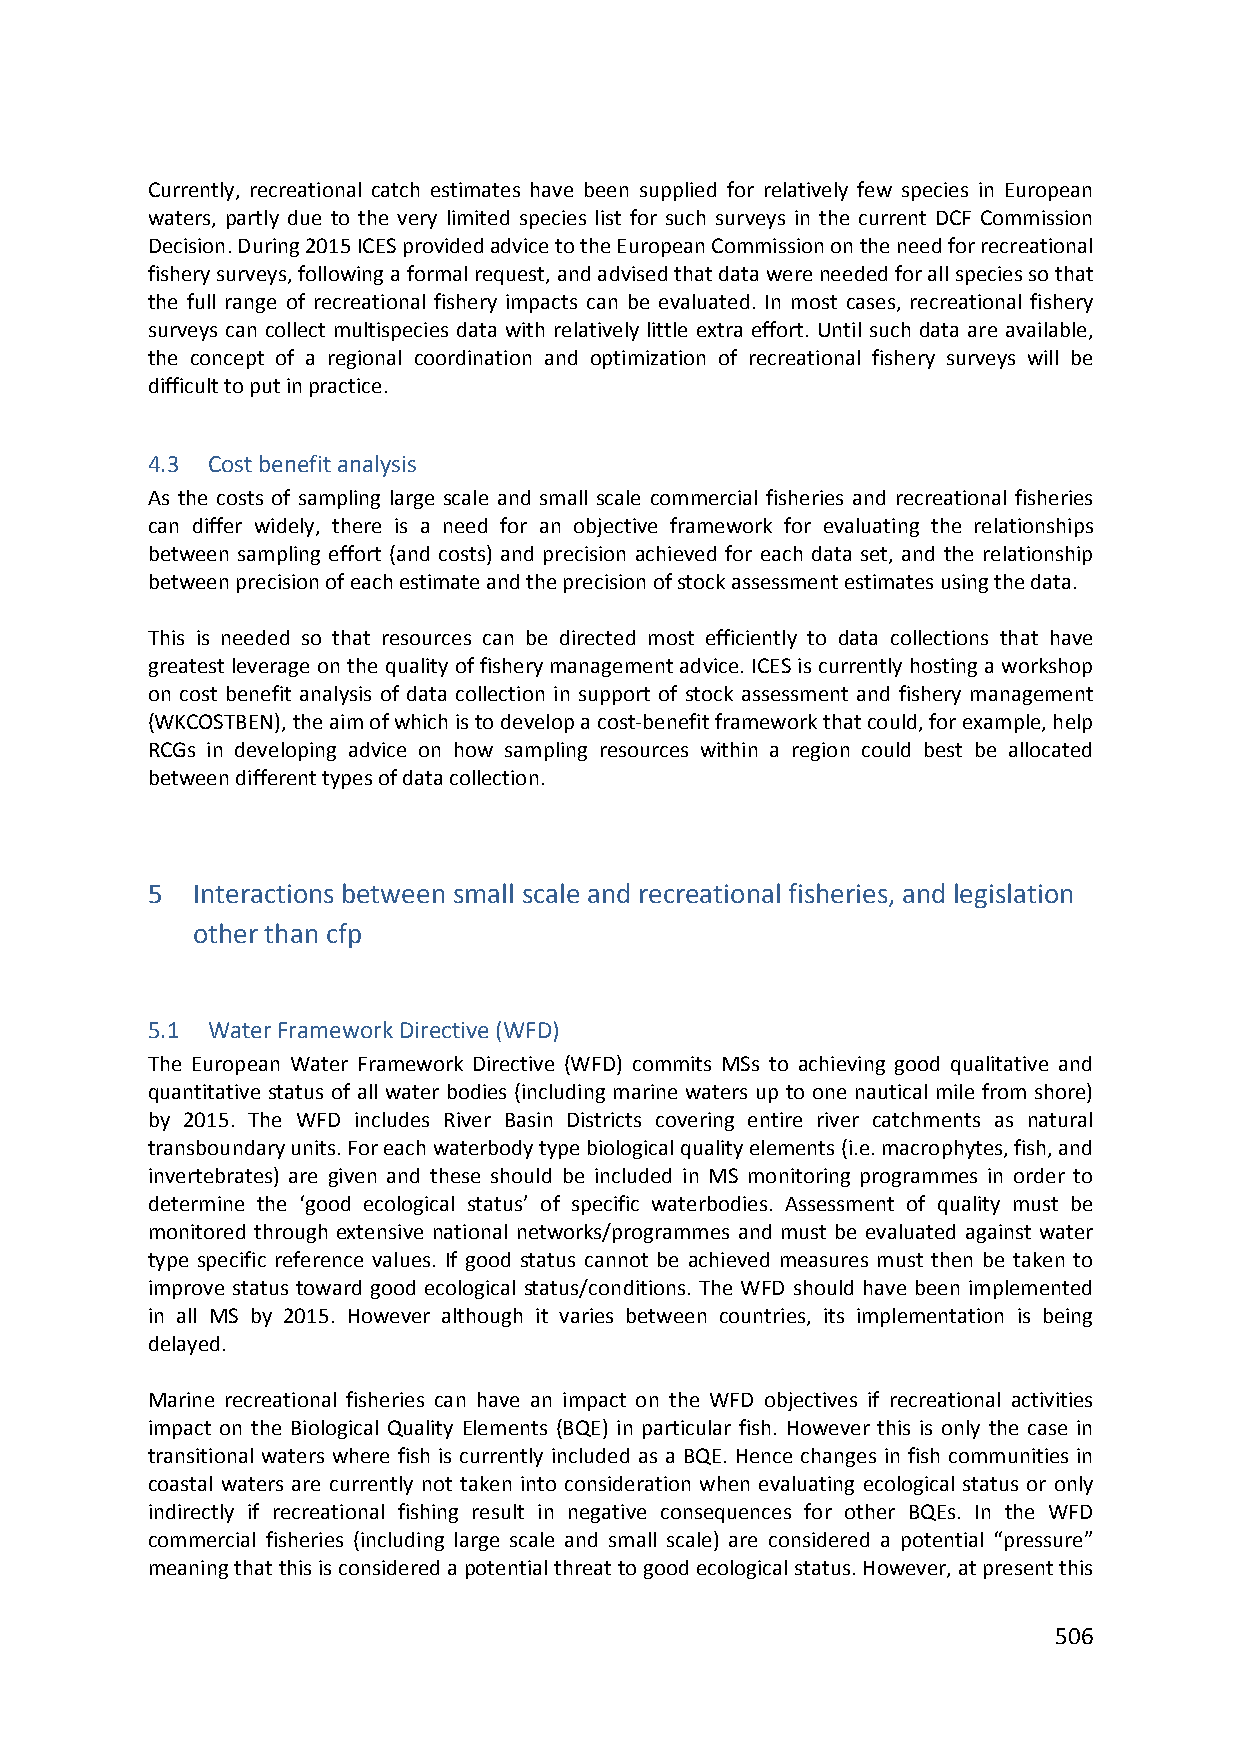
Currently, recreational catch estimates have been supplied for relatively few species in European
 waters, partly due to the very limited species list for such surveys in the current DCF Commission
 Decision. During 2015 ICES provided advice to the European Commission on the need for recreational
 fishery surveys, following a formal request, and advised that data were needed for all species so that
 the full range of recreational fishery impacts can be evaluated. In most cases, recreational fishery
 surveys can collect multispecies data with relatively little extra effort. Until such data are available,
 the concept of a regional coordination and optimization of recreational fishery surveys will be
 difficult to put in practice.
 4.3 Cost benefit analysis
 As the costs of sampling large scale and small scale commercial fisheries and recreational fisheries
 can differ widely, there is a need for an objective framework for evaluating the relationships
 between sampling effort (and costs) and precision achieved for each data set, and the relationship
 between precision of each estimate and the precision of stock assessment estimates using the data.
 This is needed so that resources can be directed most efficiently to data collections that have
 greatest leverage on the quality of fishery management advice. ICES is currently hosting a workshop
 on cost benefit analysis of data collection in support of stock assessment and fishery management
 (WKCOSTBEN), the aim of which is to develop a cost‐benefit framework that could, for example, help
 RCGs in developing advice on how sampling resources within a region could best be allocated
 between different types of data collection.
 5  Interactions between small scale and recreational fisheries, and legislation
 other than cfp
 5.1 Water Framework Directive (WFD)
 The European Water Framework Directive (WFD) commits MSs to achieving good qualitative and
 quantitative status of all water bodies (including marine waters up to one nautical mile from shore)
 by 2015. The WFD includes River Basin Districts covering entire river catchments as natural
 transboundary units. For each waterbody type biological quality elements (i.e. macrophytes, fish, and
 invertebrates) are given and these should be included in MS monitoring programmes in order to
 determine the ‘good ecological status’ of specific waterbodies. Assessment of quality must be
 monitored through extensive national networks/programmes and must be evaluated against water
 type specific reference values. If good status cannot be achieved measures must then be taken to
 improve status toward good ecological status/conditions. The WFD should have been implemented
 in all MS by 2015. However although it varies between countries, its implementation is being
 delayed.
 Marine recreational fisheries can have an impact on the WFD objectives if recreational activities
 impact on the Biological Quality Elements (BQE) in particular fish. However this is only the case in
 transitional waters where fish is currently included as a BQE. Hence changes in fish communities in
 coastal waters are currently not taken into consideration when evaluating ecological status or only
 indirectly if recreational fishing result in negative consequences for other BQEs. In the WFD
 commercial fisheries (including large scale and small scale) are considered a potential “pressure”
 meaning that this is considered a potential threat to good ecological status. However, at present this
 506